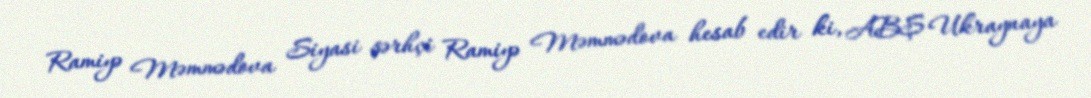
Ramiyə Məmmədova Siyasi şərhçi Ramiyə Məmmədova hesab edir ki, ABŞ Ukraynaya